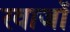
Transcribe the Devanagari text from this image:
रवाजों